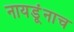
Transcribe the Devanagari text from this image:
नायडूंनाच